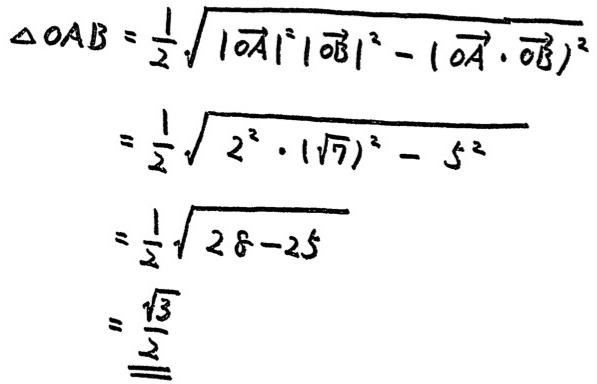
\[
\begin{align*}
\triangle OAB&=\frac{1}{2}\sqrt{|\overrightarrow{OA}|^{2}|\overrightarrow{OB}|^{2}-(\overrightarrow{OA}\cdot\overrightarrow{OB})^{2}}\\
&=\frac{1}{2}\sqrt{2^{2}\cdot(\sqrt{7})^{2}-5^{2}}\\
&=\frac{1}{2}\sqrt{28 - 25}\\
&=\frac{\sqrt{3}}{2}
\end{align*}
\]